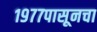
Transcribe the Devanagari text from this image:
१९७७पासूनचा